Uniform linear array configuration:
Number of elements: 64
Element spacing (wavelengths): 0.25
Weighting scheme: hann
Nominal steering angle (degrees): -60
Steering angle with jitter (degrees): -59.613
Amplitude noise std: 0.05
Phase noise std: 0.05

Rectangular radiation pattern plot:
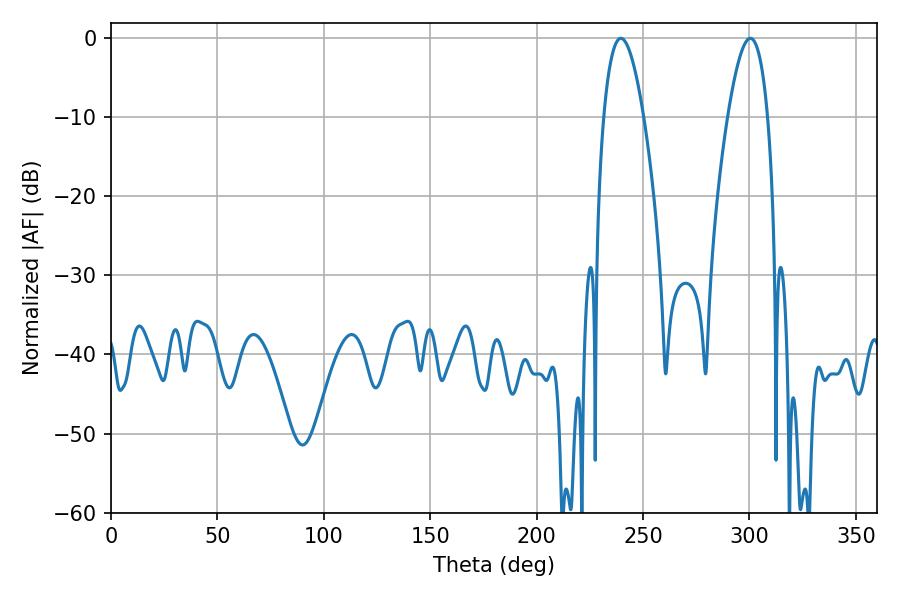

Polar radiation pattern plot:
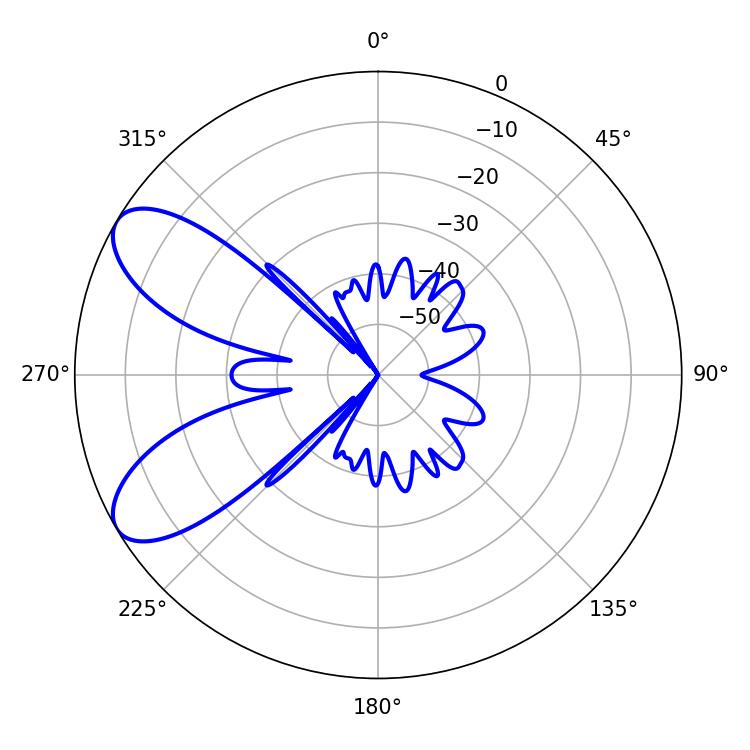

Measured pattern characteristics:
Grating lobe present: FALSE
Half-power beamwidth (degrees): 10.26
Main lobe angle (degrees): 239.58